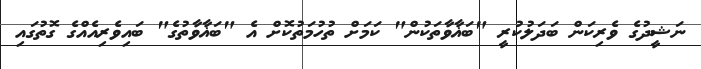
ނަޝީދުގެ ވެރިކަން ބަދަލުކުރީ "ބަޣާވާތަކުން" ކަމަށް ތުހުމަތުކޮށް އެ "ބަޣާވާތުގެ" ބައިވެރިއެއްގެ ގޮތުގައި